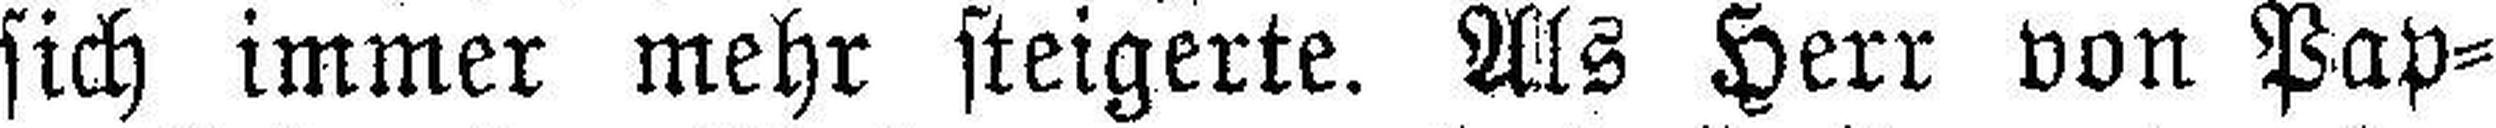
sich immer mehr steigerte. Als Herr von Pap¬